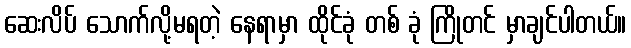
ဆေးလိပ် သောက်လို့မရတဲ့ နေရာမှာ ထိုင်ခုံ တစ် ခုံ ကြိုတင် မှာချင်ပါတယ်။